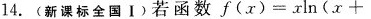
14.(新课标全国Ⅰ)若函数$$f ( x ) = x ln ( x +